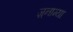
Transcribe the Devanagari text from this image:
ज़्नाम्या